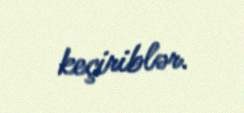
keçiriblər.